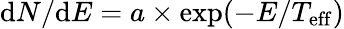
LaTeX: \mathrm{d}N/\mathrm{d}E=a\times\mathrm{exp}(-E/T_{\mathrm{eff}})